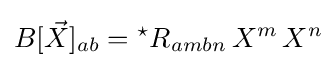
B[{\vec {X}}]_{ab}={{}^{\star }R}_{ambn}\,X^{m}\,X^{n}